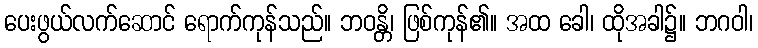
ပေးဖွယ်လက်ဆောင် ရောက်ကုန်သည်။ ဘဝန္တိ၊ ဖြစ်ကုန်၏။ အထ ခေါ၊ ထိုအခါ၌။ ဘဂဝါ၊